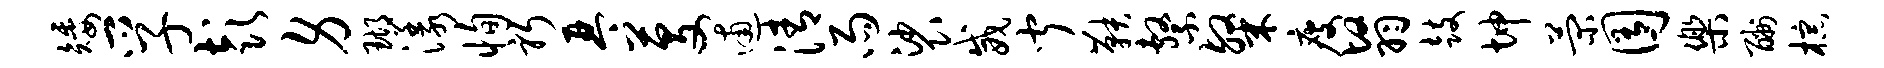
矮孚彭身瑚漾恂躬琴芟逋清雨裟威闻鞅系粲瘦翳鼓坤菊囿乐酬棕